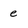
Character: e